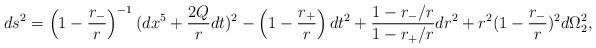
LaTeX: \begin{align*}ds^2 = \left( 1-{r_-\over r}\right)^{-1} (dx^5 +{2Q\over r} dt)^2-\left( 1-{r_+\over r}\right) dt^2 + {1-r_-/r\over 1- r_+/r} dr^2 + r^2(1-{r_-\over r})^2d\Omega^2_2,\end{align*}